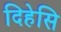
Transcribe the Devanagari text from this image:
दिहेसि